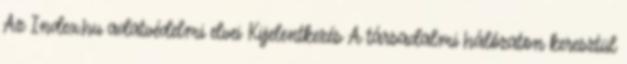
Az Index.hu adatvédelmi elvei Kijelentkezés A társadalmi hálózaton keresztül